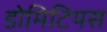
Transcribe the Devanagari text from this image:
डोमिटियस